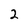
Character: 2